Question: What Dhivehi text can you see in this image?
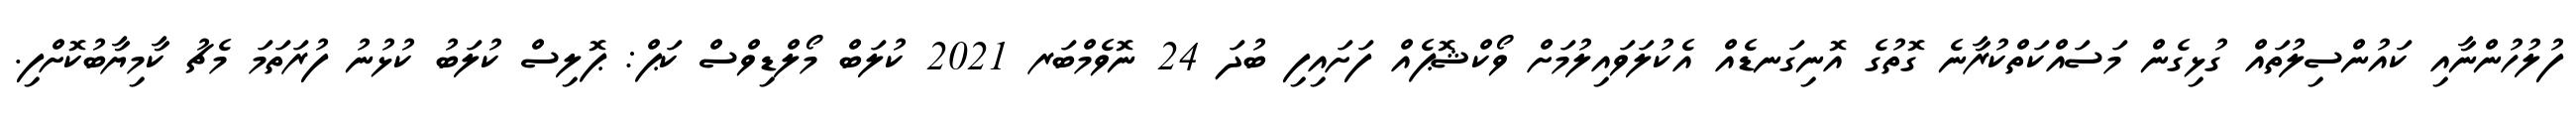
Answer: ފުލުހުންނާއި ކައުންސިލުތައް ގުޅިގެން މަސައްކަތްކުރާނެ ގޮތުގެ އޮނިގަނޑެއް އެކުލަވައިލުމަށް ވޯކްޝޮޕެއް ފަށައިފި ބުދަ 24 ނޮވެމްބަރ 2021 ކުލަބް މޯލްޑިވްސް ކަޕް: ޕޮލިސް ކުލަބު ކުޅުނު ފުރަތަމަ މެޗު ކާމިޔާބުކޮށްފި.